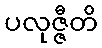
ပလုဇ္ဇီတိ